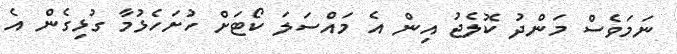
ނަމަވެސް މަންދު ކޮލެޖު އިން އެ މައްސަލަ ކޯޓަށް ހުށަހެޅުމާ ގުޅިގެން އެ